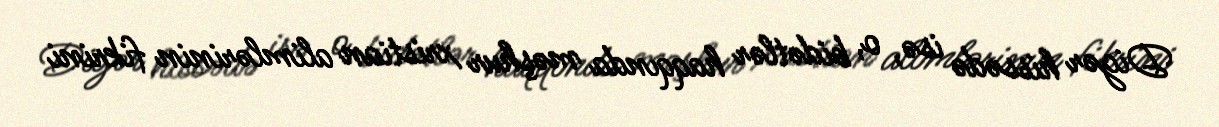
Digər hissədə isə, o, bidətlər haqqında məşhur xristian alimlərinin fikrini